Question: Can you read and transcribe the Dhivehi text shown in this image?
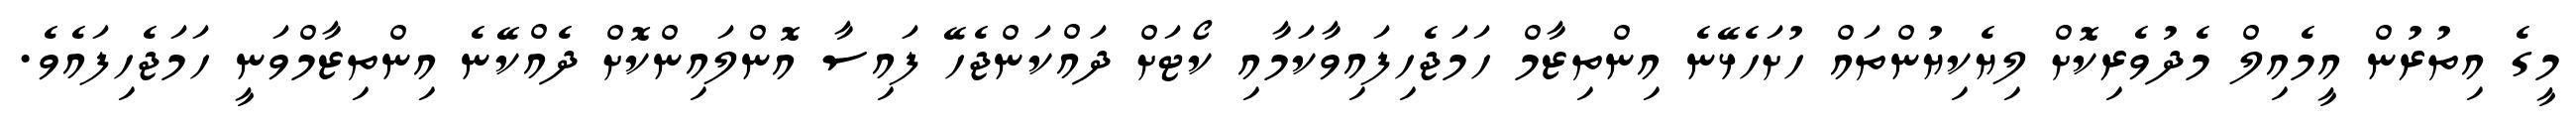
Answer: މީގެ އިތުރުން އީމެއިލް މެދުވެރިކޮށް ލިޔެކިޔުންތައް ހުށަހެޅޭނެ އިންތިޒާމް ހަމަޖެހިފައިވާކަމާއި ކޯޓަށް ދައްކަންޖެހޭ ފައިސާ އޮންލައިންކޮށް ދެއްކޭނެ އިންތިޒާމްވަނީ ހަމަޖެހިފައެވެ.